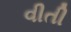
વીતી